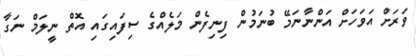
ވަރަށް އަވަހަށް އަންނާނަމޭ ބުނަމުން ފިނިފެން މަލެއްގެ ސިފައިގައި އޮތް ނީލަމް ނަގާ